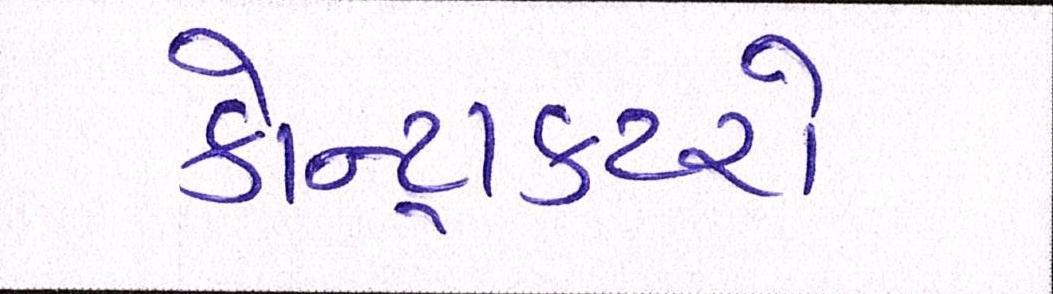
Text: કોન્ટ્રાક્ટરો